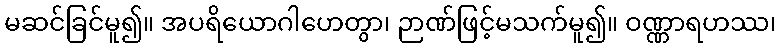
မဆင်ခြင်မူ၍။ အပရိယောဂါဟေတွာ၊ ဉာဏ်ဖြင့်မသက်မူ၍။ ဝဏ္ဏာရဟဿ၊